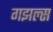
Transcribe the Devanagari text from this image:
गझल्स